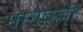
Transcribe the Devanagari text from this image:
मानवल्ली